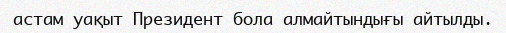
астам уақыт Президент бола алмайтындығы айтылды.